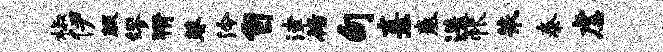
椒伊暇缪猾葵泠自津循句熹奏迭帐朱泰虐